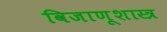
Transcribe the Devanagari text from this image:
विजाणूशास्त्र